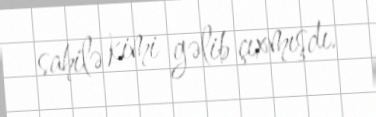
sahilə kimi gəlib çıxmışdı.